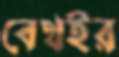
বেথইর